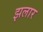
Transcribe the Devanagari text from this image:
झलार